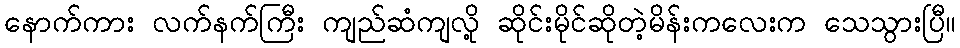
နောက်ကား လက်နက်ကြီး ကျည်ဆံကျလို့ ဆိုင်းမိုင်ဆိုတဲ့မိန်းကလေးက သေသွားပြီ။